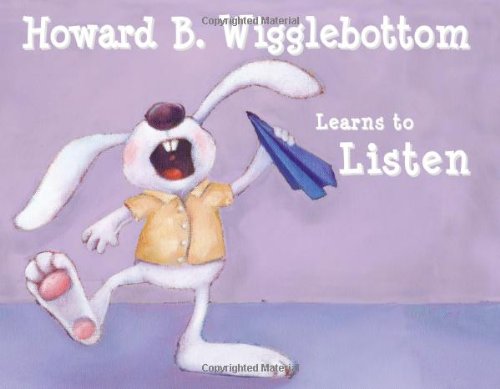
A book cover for Howard B. Wigglebottom Learns to Listen; Howard Binkow; Children's Books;